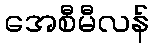
အေစီမီလန်